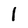
Character: l